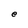
Character: e